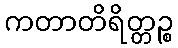
ကတာတိရိတ္တဉ္စ